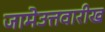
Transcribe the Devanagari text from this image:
जामेउत्तवारीख